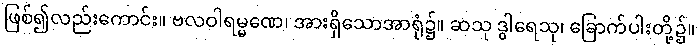
ဖြစ်၍လည်းကောင်း။ ဗလဝါရမ္မဏေ၊ အားရှိသောအာရုံ၌။ ဆသု ဒွါရေသု၊ ခြောက်ပါးတို့၌။